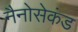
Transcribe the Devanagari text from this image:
नैनोसेकंड